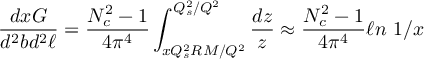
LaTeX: { \frac { d x G } { d ^ { 2 } b d ^ { 2 } \ell } } = { \frac { N _ { c } ^ { 2 } - 1 } { 4 \pi ^ { 4 } } } \int _ { x Q _ { s } ^ { 2 } R M / Q ^ { 2 } } ^ { Q _ { s } ^ { 2 } / Q ^ { 2 } } { \frac { d z } { z } } \approx { \frac { N _ { c } ^ { 2 } - 1 } { 4 \pi ^ { 4 } } } \ell n \ 1 / x